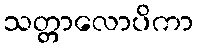
သတ္တာလောပိကာ